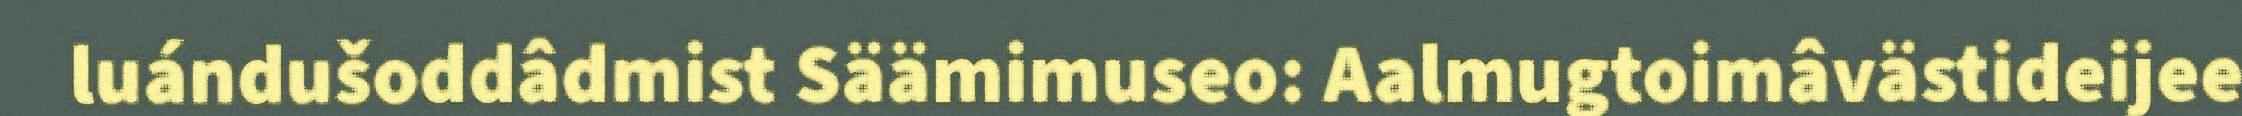
luándušoddâdmist Säämimuseo: Aalmugtoimâvästideijee